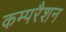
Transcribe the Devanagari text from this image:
कम्परैशन